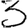
Digit: 3